Report on the cholera epidemic of
Year: 1868
Disease focus: Cholera
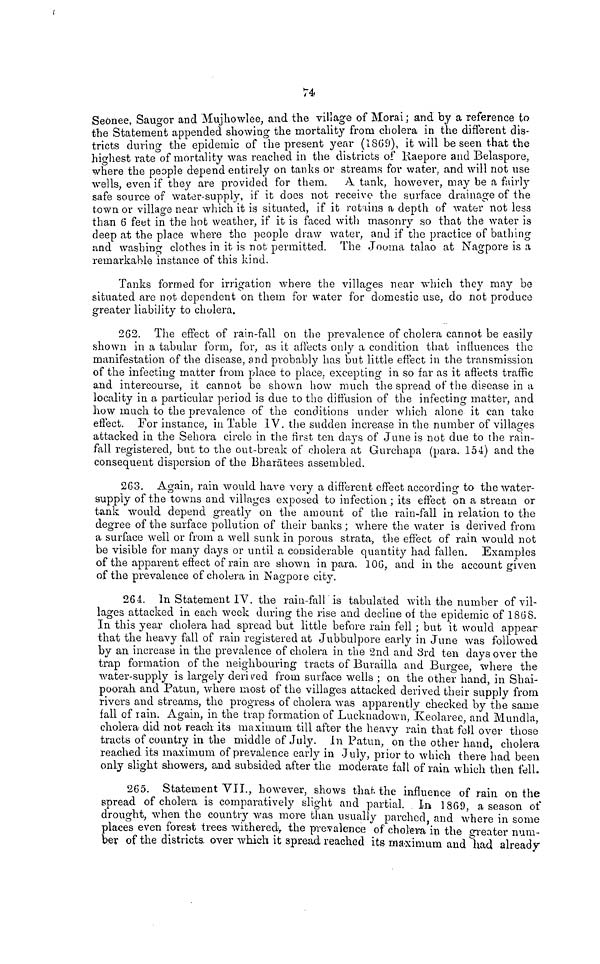
74
Seonee, Saugor and Mujhowlee, and the village of Moral ; and by a reference to
the Statement appended showing the mortality from cholera in the different dis-
tricts during the epidemic of the present year (1869), it will be seen that the
highest rate of mortality was reached in the districts of Kaepore and Belaspore,
where the people depend entirely on tanks or streams for water, and will riot use
wells, even if they are provided for them. A tank, however, may be a fairly
safe source of water-supply, if it does not receive the surface drainage of the
town or village near which it is situated, if it retains a depth of water not less
than 6 feet in the hot weather, if it is faced with masonry so that the water is
deep at the place where the people draw water, and if the practice of bathing
and washing clothes in it is not permitted. The Jooma talao at Nagpore is a
remarkable instance of this kind.
Tanks formed for irrigation where the villages near which they may be
situated are not dependent on them for water for domestic use, do not produce
greater liability to cholera.
262. The effect of rain-fall on the prevalence of cholera cannot be easily
shown in a tabular form, for, as it affects only a condition that influences the
manifestation of the disease, and probably has but little effect in the transmission
of the infecting matter from place to place, excepting in so far as it affects traffic
and intercourse, it cannot be shown how much the spread of the disease in a
locality in a particular period is due to the diffusion of the infecting matter, and
how much to the prevalence of the conditions under which alone it can take
effect. For instance, in Table IV. the sudden increase in the number of villages
attacked in the Sehora circle in the first ten clays of June is not due to the rain-
fall registered, but to the out-break of cholera at Gurchapa (para. 154) and the
consequent dispersion of the Bharatees assembled.
263. Again, rain would have very a different effect according to the water-
supply of the towns and villages exposed to infection ; its effect on a stream or
tank would depend greatly on the amount of the rain-fall in relation to the
degree of the surface pollution of their banks ; where the water is derived from
a surface well or from a well sunk in porous strata, the effect of rain would not
be visible for many days or until a considerable quantity had fallen. Examples
of the apparent effect of rain are shown in para. 106, and in the account given
of the prevalence of cholera in Nagpore city.
264. In Statement IV. the rain-fall is tabulated with the number of vil-
lages attacked in each week during the rise and decline of the epidemic of 1868.
In this year cholera had spread but little before rain fell ; but it would appear
that the heavy fall of rain registered at Jubbulpore early in June was followed
by an increase in the prevalence of cholera in the 2nd and 3rd ten days over the
trap formation of the neighbouring tracts of Burailla and Burgee, where the
water-supply is largely derived from surface wells ; on the other hand, in Shai-
poorah and Patun, where most of the villages attacked derived their supply from
rivers and streams, the progress of cholera was apparently checked by the same
fall of rain. Again, in the trap formation of Lucknadown, Keolaree, and Mundla,
cholera did not reach its maximum till after the heavy rain that fell over those
tracts of country in the middle of July, in Patun, on the other hand, cholera
reached its maximum of prevalence early in July, prior to which there had been
only slight showers, and subsided after the moderate fall of rain which then fell.
265. Statement VII., however, shows that the influence of rain on the
spread of cholera is comparatively slight and partial. In 1869, a season of
drought, when the country was more than usually parched, and where in some
places even forest trees withered, the prevalence of cholera in the greater num-
ber of the districts, over which it spread reached its maximum and had already